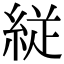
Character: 𮈕